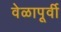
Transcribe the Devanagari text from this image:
वेळापूर्वी